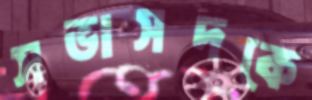
সভাসদকে